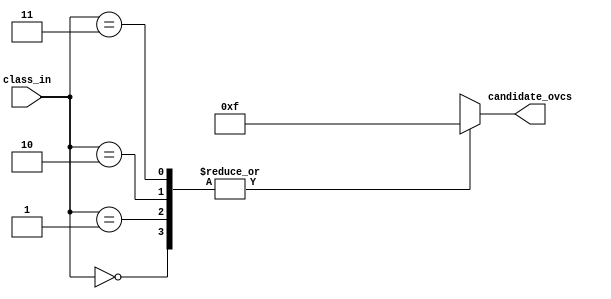
`timescale      1ns/1ps

/**********************************************************************
**    
**	Copyright (C) 2014-2017  Alireza Monemi
**    
**	This file is part of ProNoC 
**
**	ProNoC ( stands for Prototype Network-on-chip)  is free software: 
**	you can redistribute it and/or modify it under the terms of the GNU
**	Lesser General Public License as published by the Free Software Foundation,
**	either version 2 of the License, or (at your option) any later version.
**
** 	ProNoC is distributed in the hope that it will be useful, but WITHOUT
** 	ANY WARRANTY; without even the implied warranty of MERCHANTABILITY
** 	or FITNESS FOR A PARTICULAR PURPOSE.  See the GNU Lesser General
** 	Public License for more details.
**
** 	You should have received a copy of the GNU Lesser General Public
** 	License along with ProNoC. If not, see <http:**www.gnu.org/licenses/>.
**
**
**	Description: 
**	
*************************************/


 module class_ovc_table #(
    parameter C= 4,//number of class 
    parameter V= 4, //VC number per port
    parameter CVw=(C==0)? V : C * V,
    parameter [CVw-1:   0] CLASS_SETTING = {CVw{1'b1}} // shows how each class can use VCs   


    )
    (
        class_in,
        candidate_ovcs
    );
    
   
    function integer log2;
      input integer number; begin   
         log2=(number <=1) ? 1: 0;    
         while(2**log2<number) begin    
            log2=log2+1;    
         end 	   
      end   
    endfunction // log2 
    
    localparam Cw= (C>1)?  log2(C): 1;
    
    input [Cw-1    :    0]    class_in;
    output[V-1    :    0]    candidate_ovcs;
    
    genvar i;    
    generate 
        if(C == 0 || C == 1) begin: no_class // 
    
          assign  candidate_ovcs={V{1'b1}};
    
        end else begin: width_class
        
           wire [V-1  :   0] class_table [C-1  :   0];
           for(i=0;i<C;i=i+1) begin : class_loop
               assign class_table[i]= CLASS_SETTING[(i+1)*V-1  :   i*V];
           end
           
                      
           assign  candidate_ovcs=class_table[class_in];
        
        
        
        end
     endgenerate
    
        
endmodule


module vc_priority_based_dest_port #(
    parameter P=5,
    parameter V=4

)(
    dest_port,
    vc_pririty
);

    localparam      P_1       =  (P-1),
                    OFFSET      =  V/(P_1);
    
    input   [P_1-1        :   0] dest_port;
    reg     [V-1          :   0] vc_pririty_init;
    output  [V-1          :   0] vc_pririty;
    
    genvar i;
    integer j;  
    generate 
        if(P_1 == V  )begin :b1
            always @(*) begin vc_pririty_init =  dest_port; end
        
        end else if (P_1 > V  )begin :b2
          for (i=0;i<V; i=i+1)begin:yy
            always @(*) begin 
                  vc_pririty_init[i] = | dest_port[((i+1)*(P_1))/V-1:    (i*(P_1))/V ];          
            end
          end
        end else begin :b3
            always @(*) begin //P_1 < V
                vc_pririty_init={V{1'b0}};
                for (j=0;j<P_1; j=j+1)  vc_pririty_init[j+OFFSET] =  dest_port[j];            
           
            end
       
        end
    endgenerate

    assign vc_pririty=(vc_pririty_init==0)? {{(V-1){1'b0}},1'b1}: vc_pririty_init;

endmodule